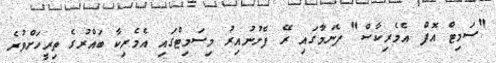
"ސަމިޓް އޮފް އެމެރިކާސް" ޕެނަމާގައި ރޭ ފެށުނުއިރު މިސަމިޓްގައި އެމެރިކާ ބައްރުގެ ތިރީހަށްވުރެ